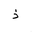
Letter: _thal